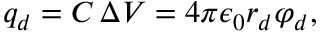
q _ { d } = C \, \Delta V = 4 \pi \epsilon _ { 0 } r _ { d } \varphi _ { d } ,